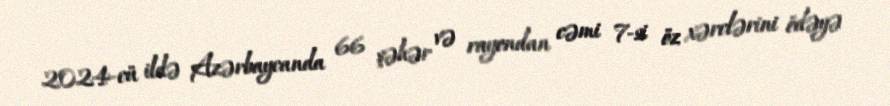
2024-cü ildə Azərbaycanda 66 şəhər və rayondan cəmi 7-si öz xərclərini ödəyə